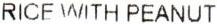
RICE WITH PEANUT